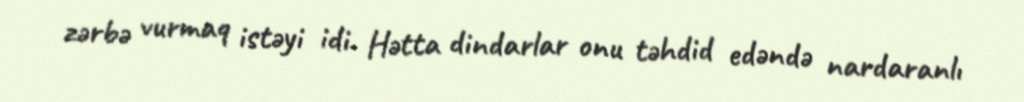
zərbə vurmaq istəyi idi. Hətta dindarlar onu təhdid edəndə nardaranlı